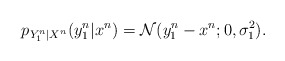
\begin{align*}p_{Y_1^n|X^n}(y_1^n|x^n) & = \mathcal{N}(y_1^n-x^n; 0, \sigma_1^2). \end{align*}